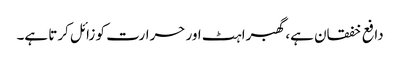
دافع خفقان ہے، گھبراہٹ اور حرارت کو زائل کرتا ہے۔